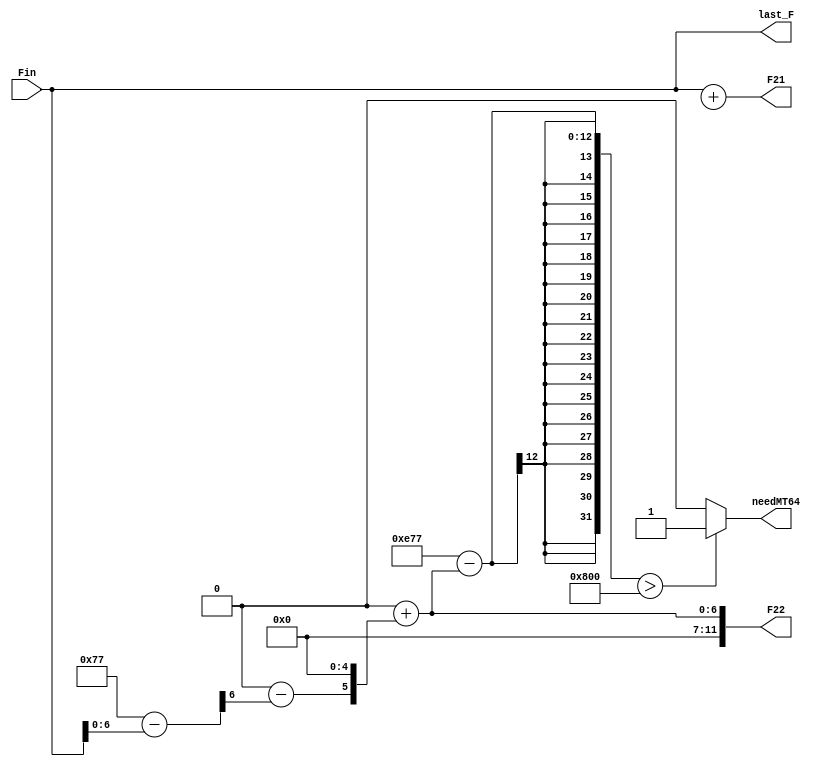
module S2_calculation(					
						Fin,//xuanze
						last_F,
						F21,
						F22,
						needMT64
							);
//-----------------------------------------------------
//端口声明
//------------------------------------------------------
input  [11:0] Fin;//来自S1或S2的输出
output reg [11:0]  last_F;
output reg [11:0]  F21;//e_i取[last_F,F21-1]
output reg [11:0]  F22;//e_i+1取[0,F22-1]
output 		  reg needMT64; //需要大于64个核计算当前边
//-----------------------------------------------------
//参数声明
//------------------------------------------------------
localparam total_F = 12'd3703;//Citeseer的所有维度
localparam total_core = 10'd64;//所有核的数量

reg [11:0] need_F21;
reg [11:0] need_F22;

//-----------------------------------------------------
//计算
//------------------------------------------------------
always @ (Fin)
begin
	//边e_i 根据特征配核
	need_F21 = total_F - Fin;
	core21 = need_F21 >> 5 + 1;//右移是向下取整的，所以加一
	last_F = Fin;
	F21 = Fin + needF21;
	//边e_i+! 根据核算特征
	core22 = total_core - core21;
	need_F22 = core22 << 5;
	F22 = 0 + need_F22;
	//判断信号
	needMT64 = (total_F - F22) > 2048 ? 1 : 0;
end

endmodule